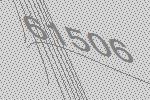
61506